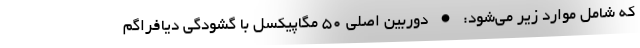
که شامل موارد زیر می‌شود: • دوربین اصلی ۵۰ مگاپیکسل با گشودگی دیافراگم